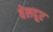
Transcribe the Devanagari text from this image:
वेलदूर